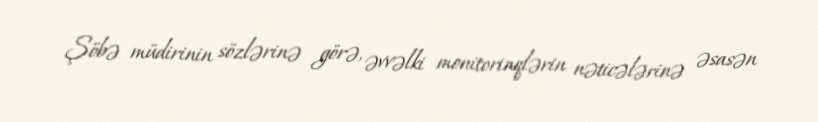
Şöbə müdirinin sözlərinə görə, əvvəlki monitorinqlərin nəticələrinə əsasən